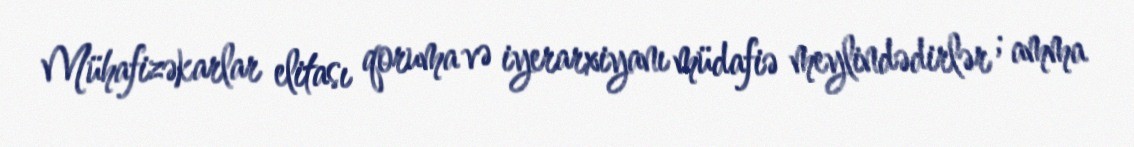
Mühafizəkarlar elitası qoruma və iyerarxiyanı müdafiə meylindədirlər ; amma